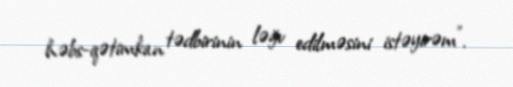
həbs-qətimkan tədbirinin ləğv edilməsini istəyirəm”.